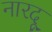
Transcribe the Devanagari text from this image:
नारदू